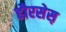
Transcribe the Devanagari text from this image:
हौरसेस़